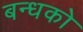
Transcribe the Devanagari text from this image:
बन्धको